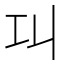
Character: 𢀙